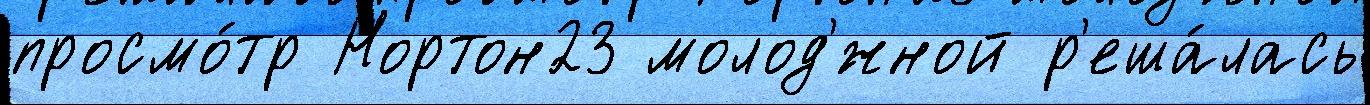
просмо́тр Нортон23 молод'́жной р'еша́лась